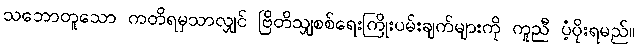
သဘောတူသော ကတိရမှသာလျှင် ဗြိတိသျှစစ်ရေးကြိုးပမ်းချက်များကို ကူညီ ပံ့ပိုးရမည်။